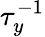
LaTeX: \tau_{y}^{-1}